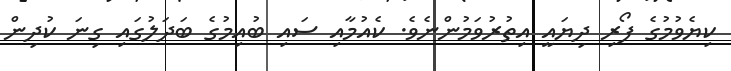
ކިޔެވުމުގެ ފޯރި ދިޔައީ އިތުރުވަމުންނެވެ. ކެއުމާއި ސައި ބުއިމުގެ ބަދަލުގައި ގިނަ ކުދިން